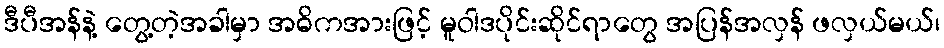
ဒီပီအန်နဲ့ တွေ့တဲ့အခါမှာ အဓိကအားဖြင့် မူဝါဒပိုင်းဆိုင်ရာတွေ အပြန်အလှန် ဖလှယ်မယ်၊